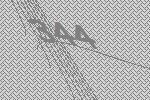
344